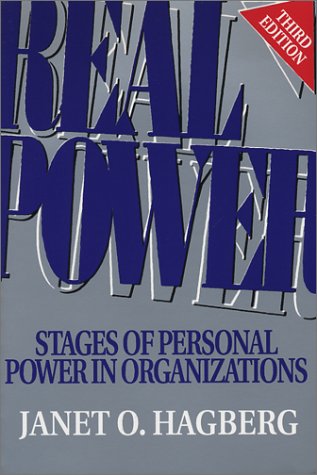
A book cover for Real Power: Stages of Personal Power in Organizations, Third Edition; Janet O. Hagberg; Health, Fitness & Dieting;